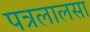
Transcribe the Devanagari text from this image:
पत्रलालसा